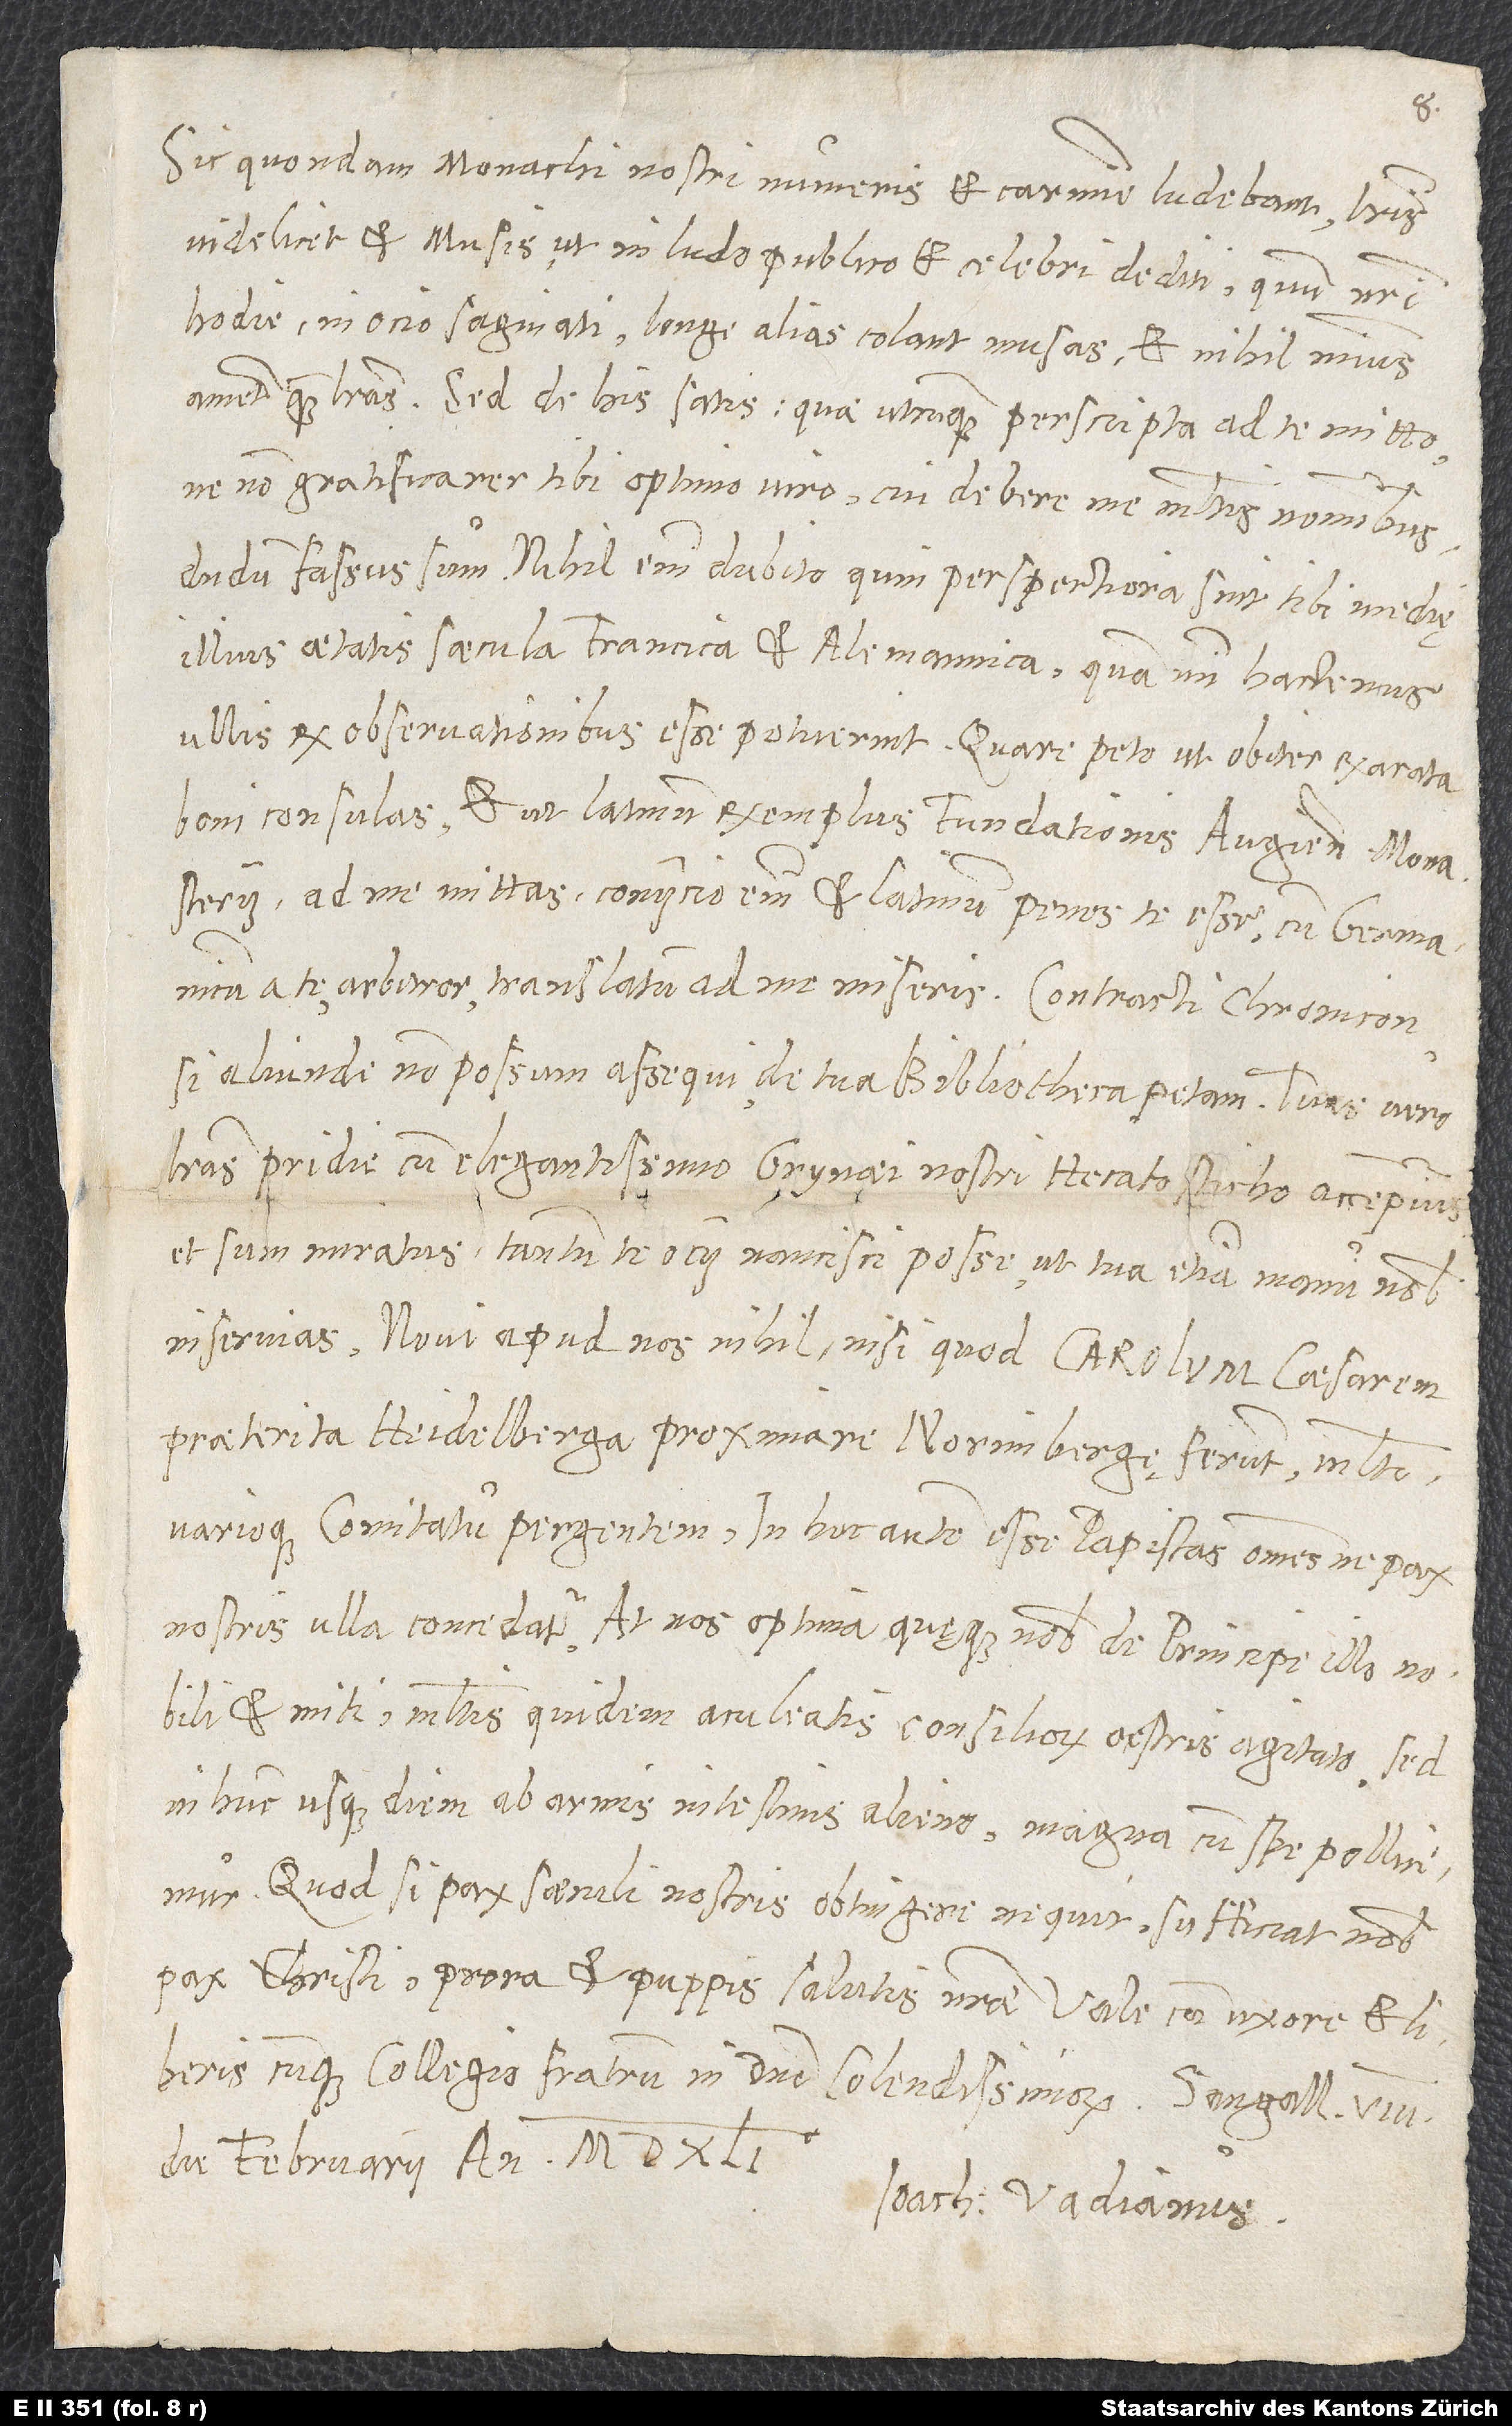
Sic quondam monachi nostri numeris et carmine ludebant, literis
videlicet et musis, ut in ludo publico et celebri dediti, quum nostri
hodie in otio saginati longe alias colant musas et nihil minus
ne non gratificarer tibi optimo viro, cui debere me multis nominibus
dudum fassus sum. Nihil enim dubito, quin perspectiora sint tibi medię
illius aetatis saecula Francica et Alemannica, quam mihi hactenus
ullis ex observationibus esse potuerint. Quare peto, ut obiter exarata
boni consulas et ut Latinum exemplum fundationis Augiensis monasterii
ad me mittas; coniicio enim et Latinum penes te esse, cum Germanicum
a te, arbitror, translatum ad me miseris. Contracti Chronicon,
si aliunde non possum assequi, de tua bibliotheca petam.
literas pridie cum elegantissimo Grynaei nostri hecatosticho accepimus,
et sum miratus tantum te ocii nancisci posse, ut tua etiam manu nobis
praeterita Heidelberga proximare Norimbergę ferunt multo
nostris ulla concedatur. At nos optima quęque nobis de principe illo nobili
et miti multis quidem aculeatis consiliorum oestris agitato, sed
in hunc usque diem ab armis intestinis alieno magna cum spe pollicemur.
Quod si pax saeculi nostris obtingere nequit, sufficiat nobis
pax Christi, prora et puppis salutis nostrae. Vale cum uxore et liberis
cumque collegio fratrum in domino colendissimorum.
die februarii anno 1541.
Ioach. Vadianus.